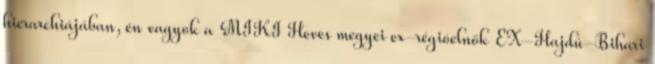
hierarchiájában, én vagyok a MIKI Heves megyei ex-régióelnök EX-Hajdú-Bihari